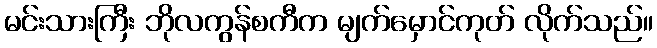
မင်းသားကြီး ဘိုလကွန်စကီက မျက်မှောင်ကုတ် လိုက်သည်။